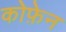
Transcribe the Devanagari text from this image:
कोफ़ेन